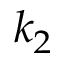
k _ { 2 }